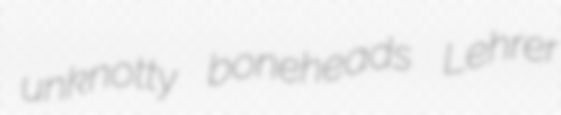
unknotty boneheads Lehrer